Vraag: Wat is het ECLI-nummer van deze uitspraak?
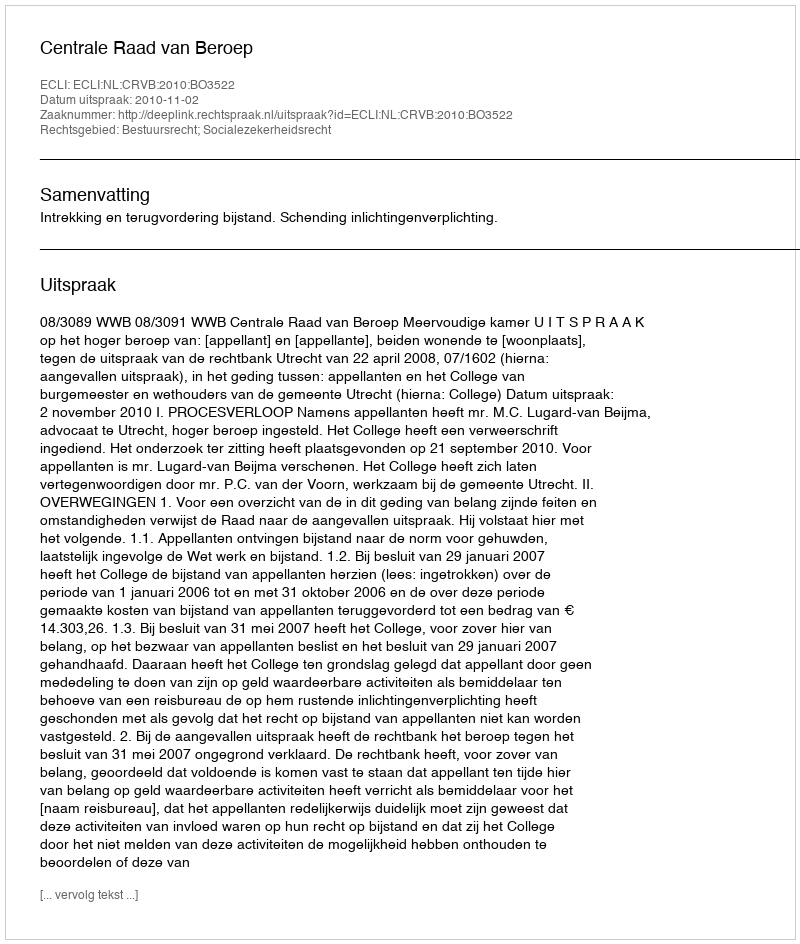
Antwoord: ECLI:NL:CRVB:2010:BO3522